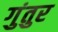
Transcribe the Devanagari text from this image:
गुंतुर